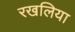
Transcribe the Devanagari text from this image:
रखलिया